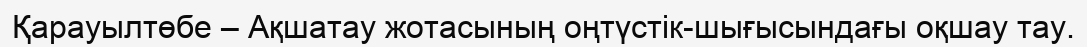
Қарауылтөбе – Ақшатау жотасының оңтүстік-шығысындағы оқшау тау.